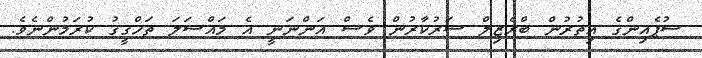
ސުޕެއިންގެ އިތުރުން ބްރެޒިލް ސަރުކާރުން ވެސް އަންނަނީ އެ މައްސަލަ ތަހްގީގު ކުރަމުންނެވެ.